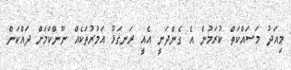
މިއަދު މަސައްކަތް ކުރަމުން އެ ގެންދަނީ އެއީ ރަނގަޅު އަމުރުތަކެއް ނޫންކަމަށް ދައްކަން